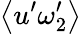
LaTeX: \left\langle u^{\prime}\omega_{2}^{\prime}\right\rangle